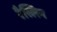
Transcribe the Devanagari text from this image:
रैस्लिन